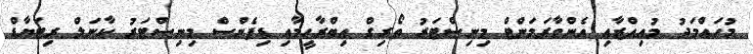
މުހައްމަދު މުއިއްޒާއި އެންވާރަމަންޓް މިނިސްޓަރު ތޯރިގް އިބްރާހީމާއި ޑިފެންސް މިނިސްޓަރު ކާނަލް ރިޓަޔާޑް